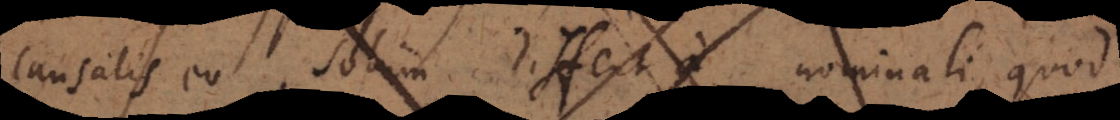
causalis eo solum differt a nominali, quod